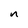
Character: n